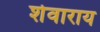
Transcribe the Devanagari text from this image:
शेवाराय